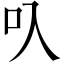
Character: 叺